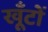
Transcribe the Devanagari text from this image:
खूँटों